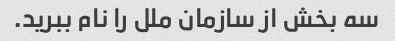
سه بخش از سازمان ملل را نام ببرید.